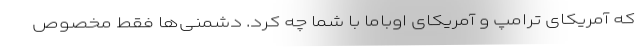
که آمریکای ترامپ و آمریکای اوباما با شما چه کرد. دشمنی‌ها فقط مخصوص